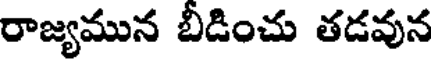
రాజ్యమున బీడించు తడవున